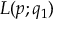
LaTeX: L ( p ; q _ { 1 } )